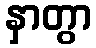
နှာတွာ